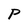
Character: P